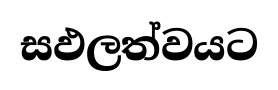
සඵලත්වයට